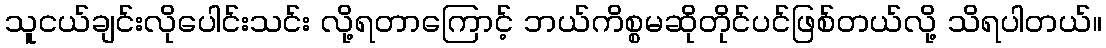
သူငယ်ချင်းလိုပေါင်းသင်း လို့ရတာကြောင့် ဘယ်ကိစ္စမဆိုတိုင်ပင်ဖြစ်တယ်လို့ သိရပါတယ်။